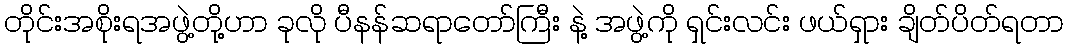
တိုင်းအစိုးရအဖွဲ့တို့ဟာ ခုလို ပီနန်ဆရာတော်ကြီး နဲ့ အဖွဲ့ကို ရှင်းလင်း ဖယ်ရှား ချိတ်ပိတ်ရတာ